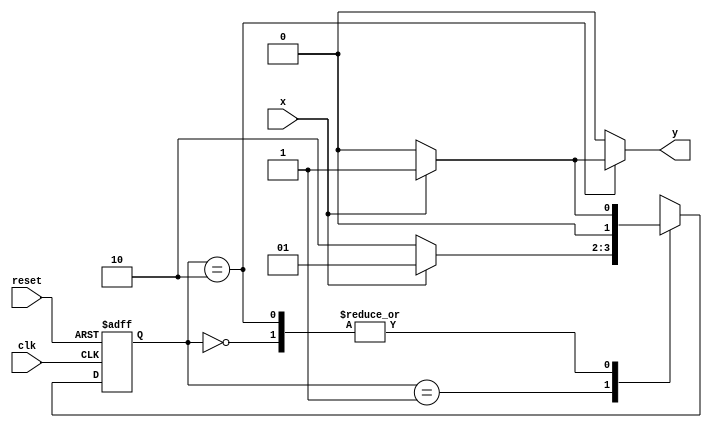
// Nome: Henrique Carvalho Parreira - 347133
// Guia 11 ex01 


`define found    1
`define notfound 0


module exe01 ( y, x, clk, reset );
 output y;
 input  x;
 input  clk;
 input  reset;

 reg    y;

 parameter        
   start  = 2'b00,
   id1    = 2'b01,
   id10   = 2'b10;
   

   reg [1:0] E1;
   reg [1:0] E2;	


   always @( x or E1 )
    begin
     y = `notfound;
     case ( E1 )
      start:
        if ( x )
         E2 = id1;
        else
         E2 = start;
      id1:
        if ( x )
         E2 = id1;
        else
         E2 = id10;
      id10:
			if ( x )
	 			begin
					E2 =  id1;
					y  = `found;
	 			end
			else
	 			begin
	   			E2 =  start;
	   			y  = `notfound;
	 			end
      default:  
		           E2 =  2'bxx;
      endcase
    end


   always @( posedge clk or negedge reset )
    begin
     if ( reset )
      E1 = E2;   
     else
      E1 = 0;    
    end 

endmodule // end module 


module teste;
 reg   clk, reset, x;
 wire  e01;

 exe01 exe1 ( e01, x, clk, reset );

 initial
  begin
$display("Henrique Carvalho Parreira - 347133");
$display("Guia 11 Ex:01\n");
   $display ( "Time     X   Ex01" );

// initial values
       clk   = 1;
       reset = 0;
       x     = 0;

// input signal changing
  #5   reset = 1;
  #10  x = 1;
  #10  x = 0;
  #10  x = 0;
  #10  x = 1;
  #10  x = 0;
  #10  x = 1;
  #10  x = 0;
  #10  x = 1;

  #30 $finish;
 end // initial

 always
  #5 clk = ~clk;

 always @( posedge clk )
  begin
   $display ( "%4d  %4b  %4b", $time, x, e01 );
  end // always at positive edge clocking changing

endmodule


/* 	TESTE

Henrique Carvalho Parreira
347133

    Time     X   Ex01
      10     0     0
      20     1     0
      30     0     0
      40     0     0
      50     1     0
      60     0     0
      70     1     1
      80     0     0
      90     1     1
     100     1     0
     110     1     0
     
     */